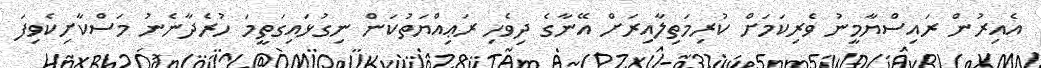
އެއިރުން ރައިސްޔާމީނު ވެރިކަމަށް ކުރިމަތިލާއިރަށް އޭނާގެ ދިވެހި ރަޢިއްޔަތުކަން ނިގުޅައިގަތީމަ ހުރެދާނެނު މަސްކާށިކެވިފަ